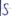
Text: S